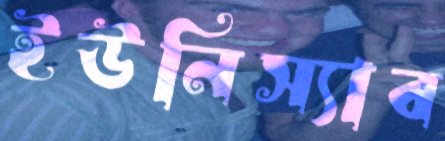
ইউনিস্যাব